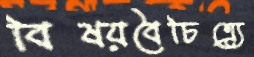
বিষয়বৈচিত্র্যে